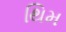
થિમ